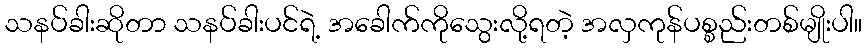
သနပ်ခါးဆိုတာ သနပ်ခါးပင်ရဲ့ အခေါက်ကိုသွေးလို့ရတဲ့ အလှကုန်ပစ္စည်းတစ်မျိုးပါ။